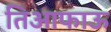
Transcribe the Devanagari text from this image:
तिआफाऊ